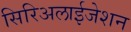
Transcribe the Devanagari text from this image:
सिरिअलाईजेशन